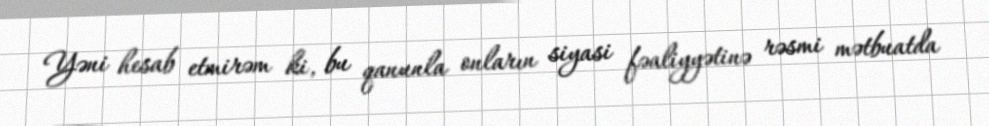
Yəni hesab etmirəm ki, bu qanunla onların siyasi fəaliyyətinə rəsmi mətbuatda